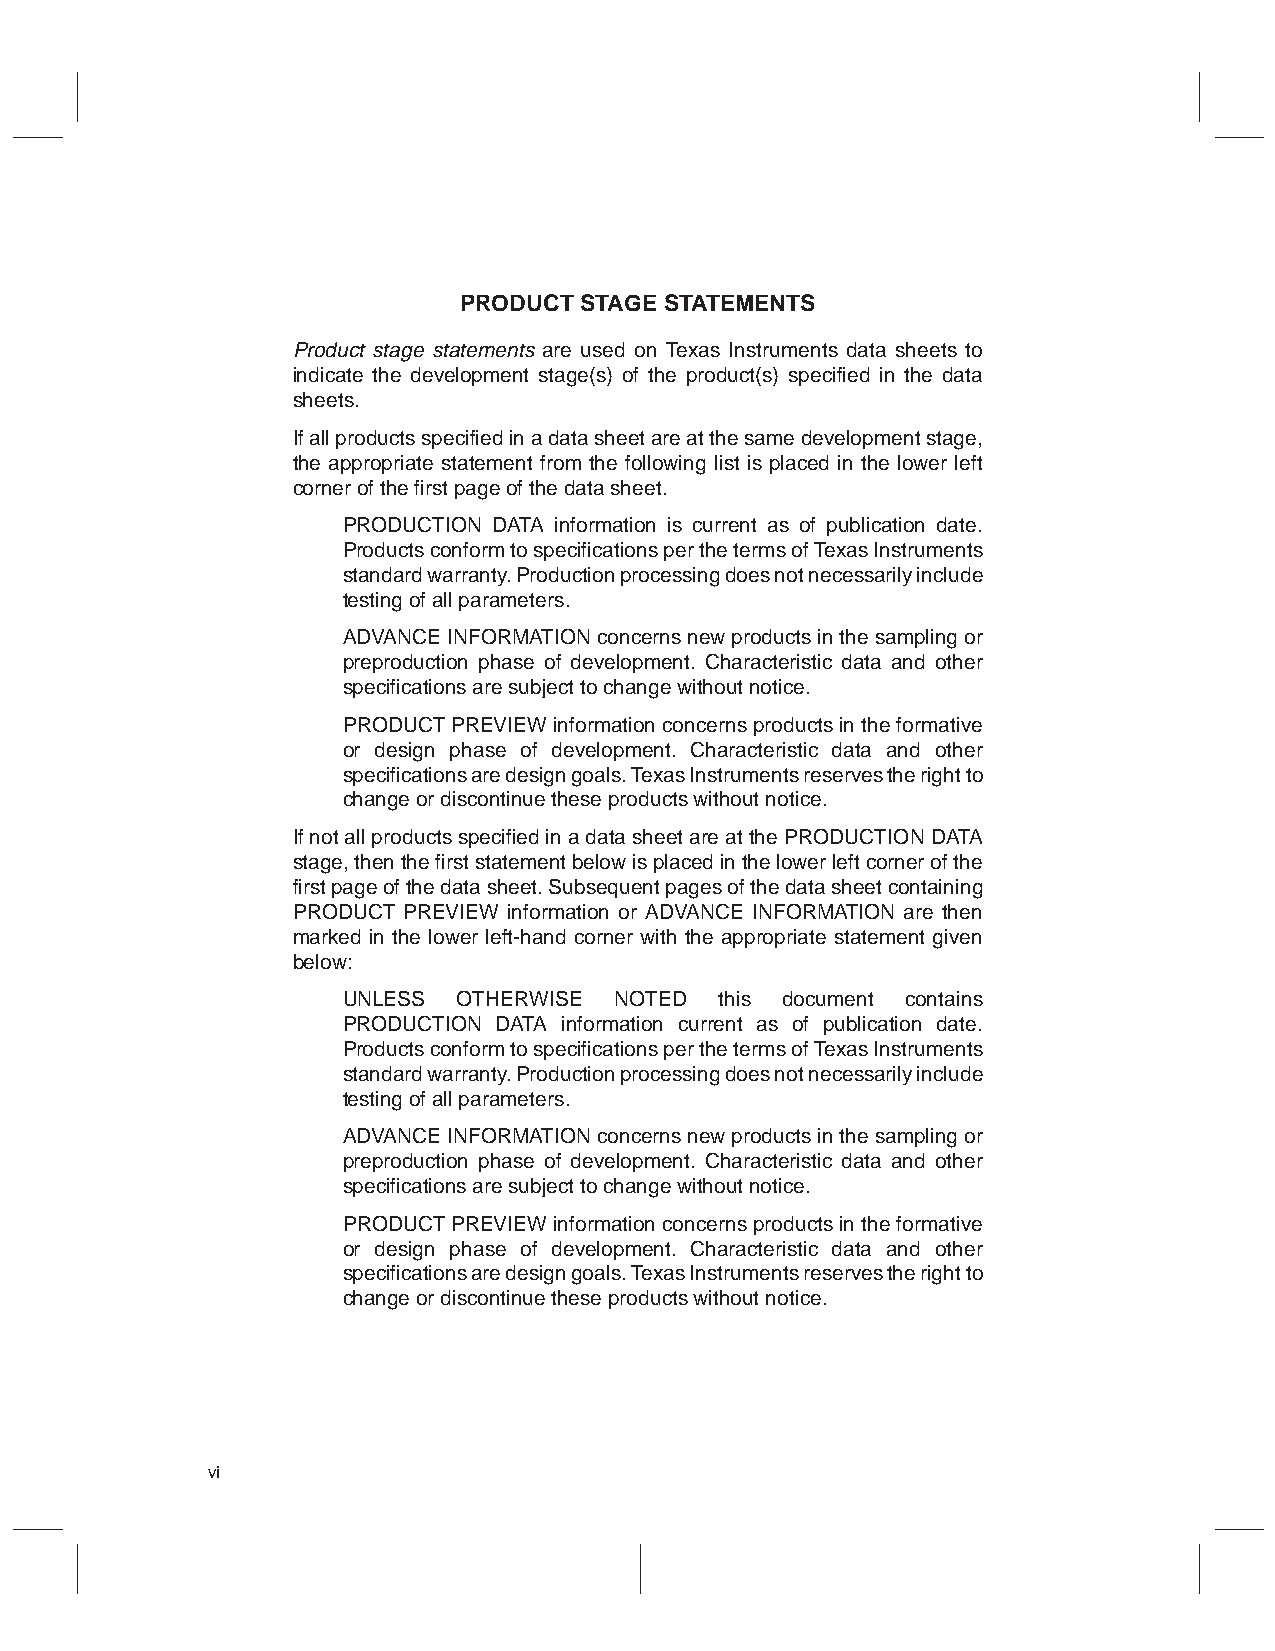
PRODUCT STAGE STATEMENTS
 Product stage statements are used on Texas Instruments data sheets to
 indicate the development stage(s) of the product(s) specified in the data
 sheets.
 If all products specified in a data sheet are at the same development stage,
 the appropriate statement from the following list is placed in the lower left
 corner of the first page of the data sheet.
 PRODUCTION DATA information is current as of publication date.
 Products conform to specifications per the terms of Texas Instruments
 standard warranty. Production processing does not necessarily include
 testing of all parameters.
 ADVANCE INFORMATION concerns new products in the sampling or
 preproduction phase of development. Characteristic data and other
 specifications are subject to change without notice.
 PRODUCT PREVIEW information concerns products in the formative
 or design phase of development. Characteristic data and other
 specifications are design goals. Texas Instruments reserves the right to
 change or discontinue these products without notice.
 If not all products specified in a data sheet are at the PRODUCTION DATA
 stage, then the first statement below is placed in the lower left corner of the
 first page of the data sheet. Subsequent pages of the data sheet containing
 PRODUCT PREVIEW information or ADVANCE INFORMATION are then
 marked in the lower left-hand corner with the appropriate statement given
 below:
 UNLESS OTHERWISE  NOTED  this document contains
 PRODUCTION DATA information current as of publication date.
 Products conform to specifications per the terms of Texas Instruments
 standard warranty. Production processing does not necessarily include
 testing of all parameters.
 ADVANCE INFORMATION concerns new products in the sampling or
 preproduction phase of development. Characteristic data and other
 specifications are subject to change without notice.
 PRODUCT PREVIEW information concerns products in the formative
 or design phase of development. Characteristic data and other
 specifications are design goals. Texas Instruments reserves the right to
 change or discontinue these products without notice.
 vi